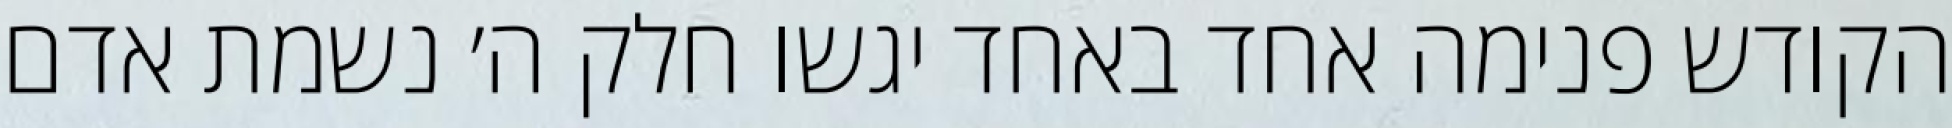
הקודש פנימה אחד באחד יגשו חלק ה׳ נשמת אדם